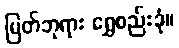
မြတ်ဘုရား ရွှေစည်းခုံ။